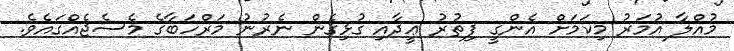
މުއްލާ އުމަރު މިކަމަށް އެންގީ ފިތުރު ޢީދާއި ގުޅިގެން ނެރުނު މަރްހަބާގެ މެސެޖެއްގައެވެ.